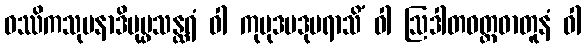
ဝဿိကသုမနာဒိပုပ္ဖသန္ထရံ ဝါ ကုမုဒပဒုမရာသိံ ဝါ ဩဒါတဝတ္ထဓာတူနံ ဝါ